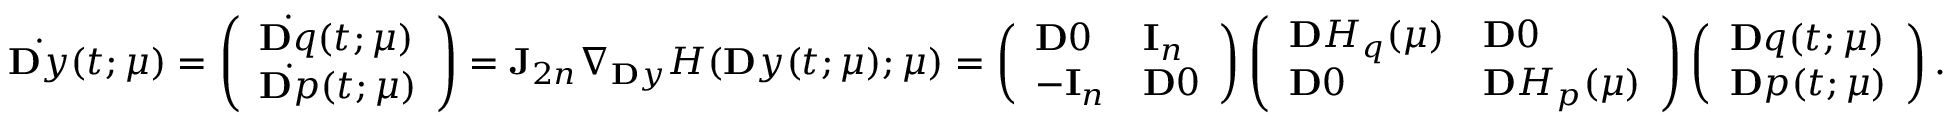
\dot { \ensuremath Ḋ \mathbf Ḋ y Ḍ Ḍ } ( t ; \ensuremath { \boldsymbol Ḋ \mu Ḍ } ) = \left( \begin{array} { l } { \dot { \ensuremath Ḋ \mathbf Ḋ q Ḍ Ḍ } ( t ; \ensuremath { \boldsymbol Ḋ \mu Ḍ } ) } \\ { \dot { \ensuremath Ḋ \mathbf Ḋ p Ḍ Ḍ } ( t ; \ensuremath { \boldsymbol Ḋ \mu Ḍ } ) } \end{array} \right) = \mathbf J _ { 2 n } \nabla _ { \ensuremath Ḋ \mathbf Ḋ y Ḍ Ḍ } H ( \ensuremath { \mathbf Ḋ y Ḍ } ( t ; \ensuremath { \boldsymbol Ḋ \mu Ḍ } ) ; \ensuremath { \boldsymbol Ḋ \mu Ḍ } ) = \left( \begin{array} { l l } { \ensuremath { \mathbf Ḋ 0 Ḍ } } & { \mathbf I _ { n } } \\ { - \mathbf I _ { n } } & { \ensuremath { \mathbf Ḋ 0 Ḍ } } \end{array} \right) \left( \begin{array} { l l } { \ensuremath { \mathbf Ḋ H Ḍ } _ { q } ( \ensuremath { \boldsymbol Ḋ \mu Ḍ } ) } & { \ensuremath { \mathbf Ḋ 0 Ḍ } } \\ { \ensuremath { \mathbf Ḋ 0 Ḍ } } & { \ensuremath { \mathbf Ḋ H Ḍ } _ { p } ( \ensuremath { \boldsymbol Ḋ \mu Ḍ } ) } \end{array} \right) \left( \begin{array} { l } { \ensuremath { \mathbf Ḋ q Ḍ } ( t ; \ensuremath { \boldsymbol Ḋ \mu Ḍ } ) } \\ { \ensuremath { \mathbf Ḋ p Ḍ } ( t ; \ensuremath { \boldsymbol Ḋ \mu Ḍ } ) } \end{array} \right) .